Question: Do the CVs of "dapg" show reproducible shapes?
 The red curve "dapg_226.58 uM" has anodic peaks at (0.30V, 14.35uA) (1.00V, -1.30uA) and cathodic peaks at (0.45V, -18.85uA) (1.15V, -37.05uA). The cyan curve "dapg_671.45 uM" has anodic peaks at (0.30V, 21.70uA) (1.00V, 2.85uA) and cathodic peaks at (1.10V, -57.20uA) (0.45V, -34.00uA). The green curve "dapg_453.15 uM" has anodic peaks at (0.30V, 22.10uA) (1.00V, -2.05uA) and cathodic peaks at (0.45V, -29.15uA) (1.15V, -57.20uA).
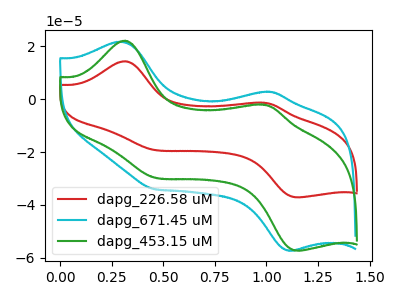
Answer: <think>All the peaks in "dapg_226.58 uM" have a peak in "dapg_671.45 uM" at the same potential. Every peak in "dapg_226.58 uM" is lower than every peak in "dapg_671.45 uM". All the peaks in "dapg_226.58 uM" have a peak in "dapg_453.15 uM" at the same potential. All the peaks in "dapg_671.45 uM" have a peak in "dapg_453.15 uM" at the same potential.
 </think>
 <answer>All the CV's of "dapg" have similar shape.</answer>
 <eval>follow_rule</eval>